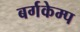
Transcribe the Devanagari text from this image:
बर्गकेम्प